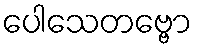
ပေါသေတဗ္ဗော